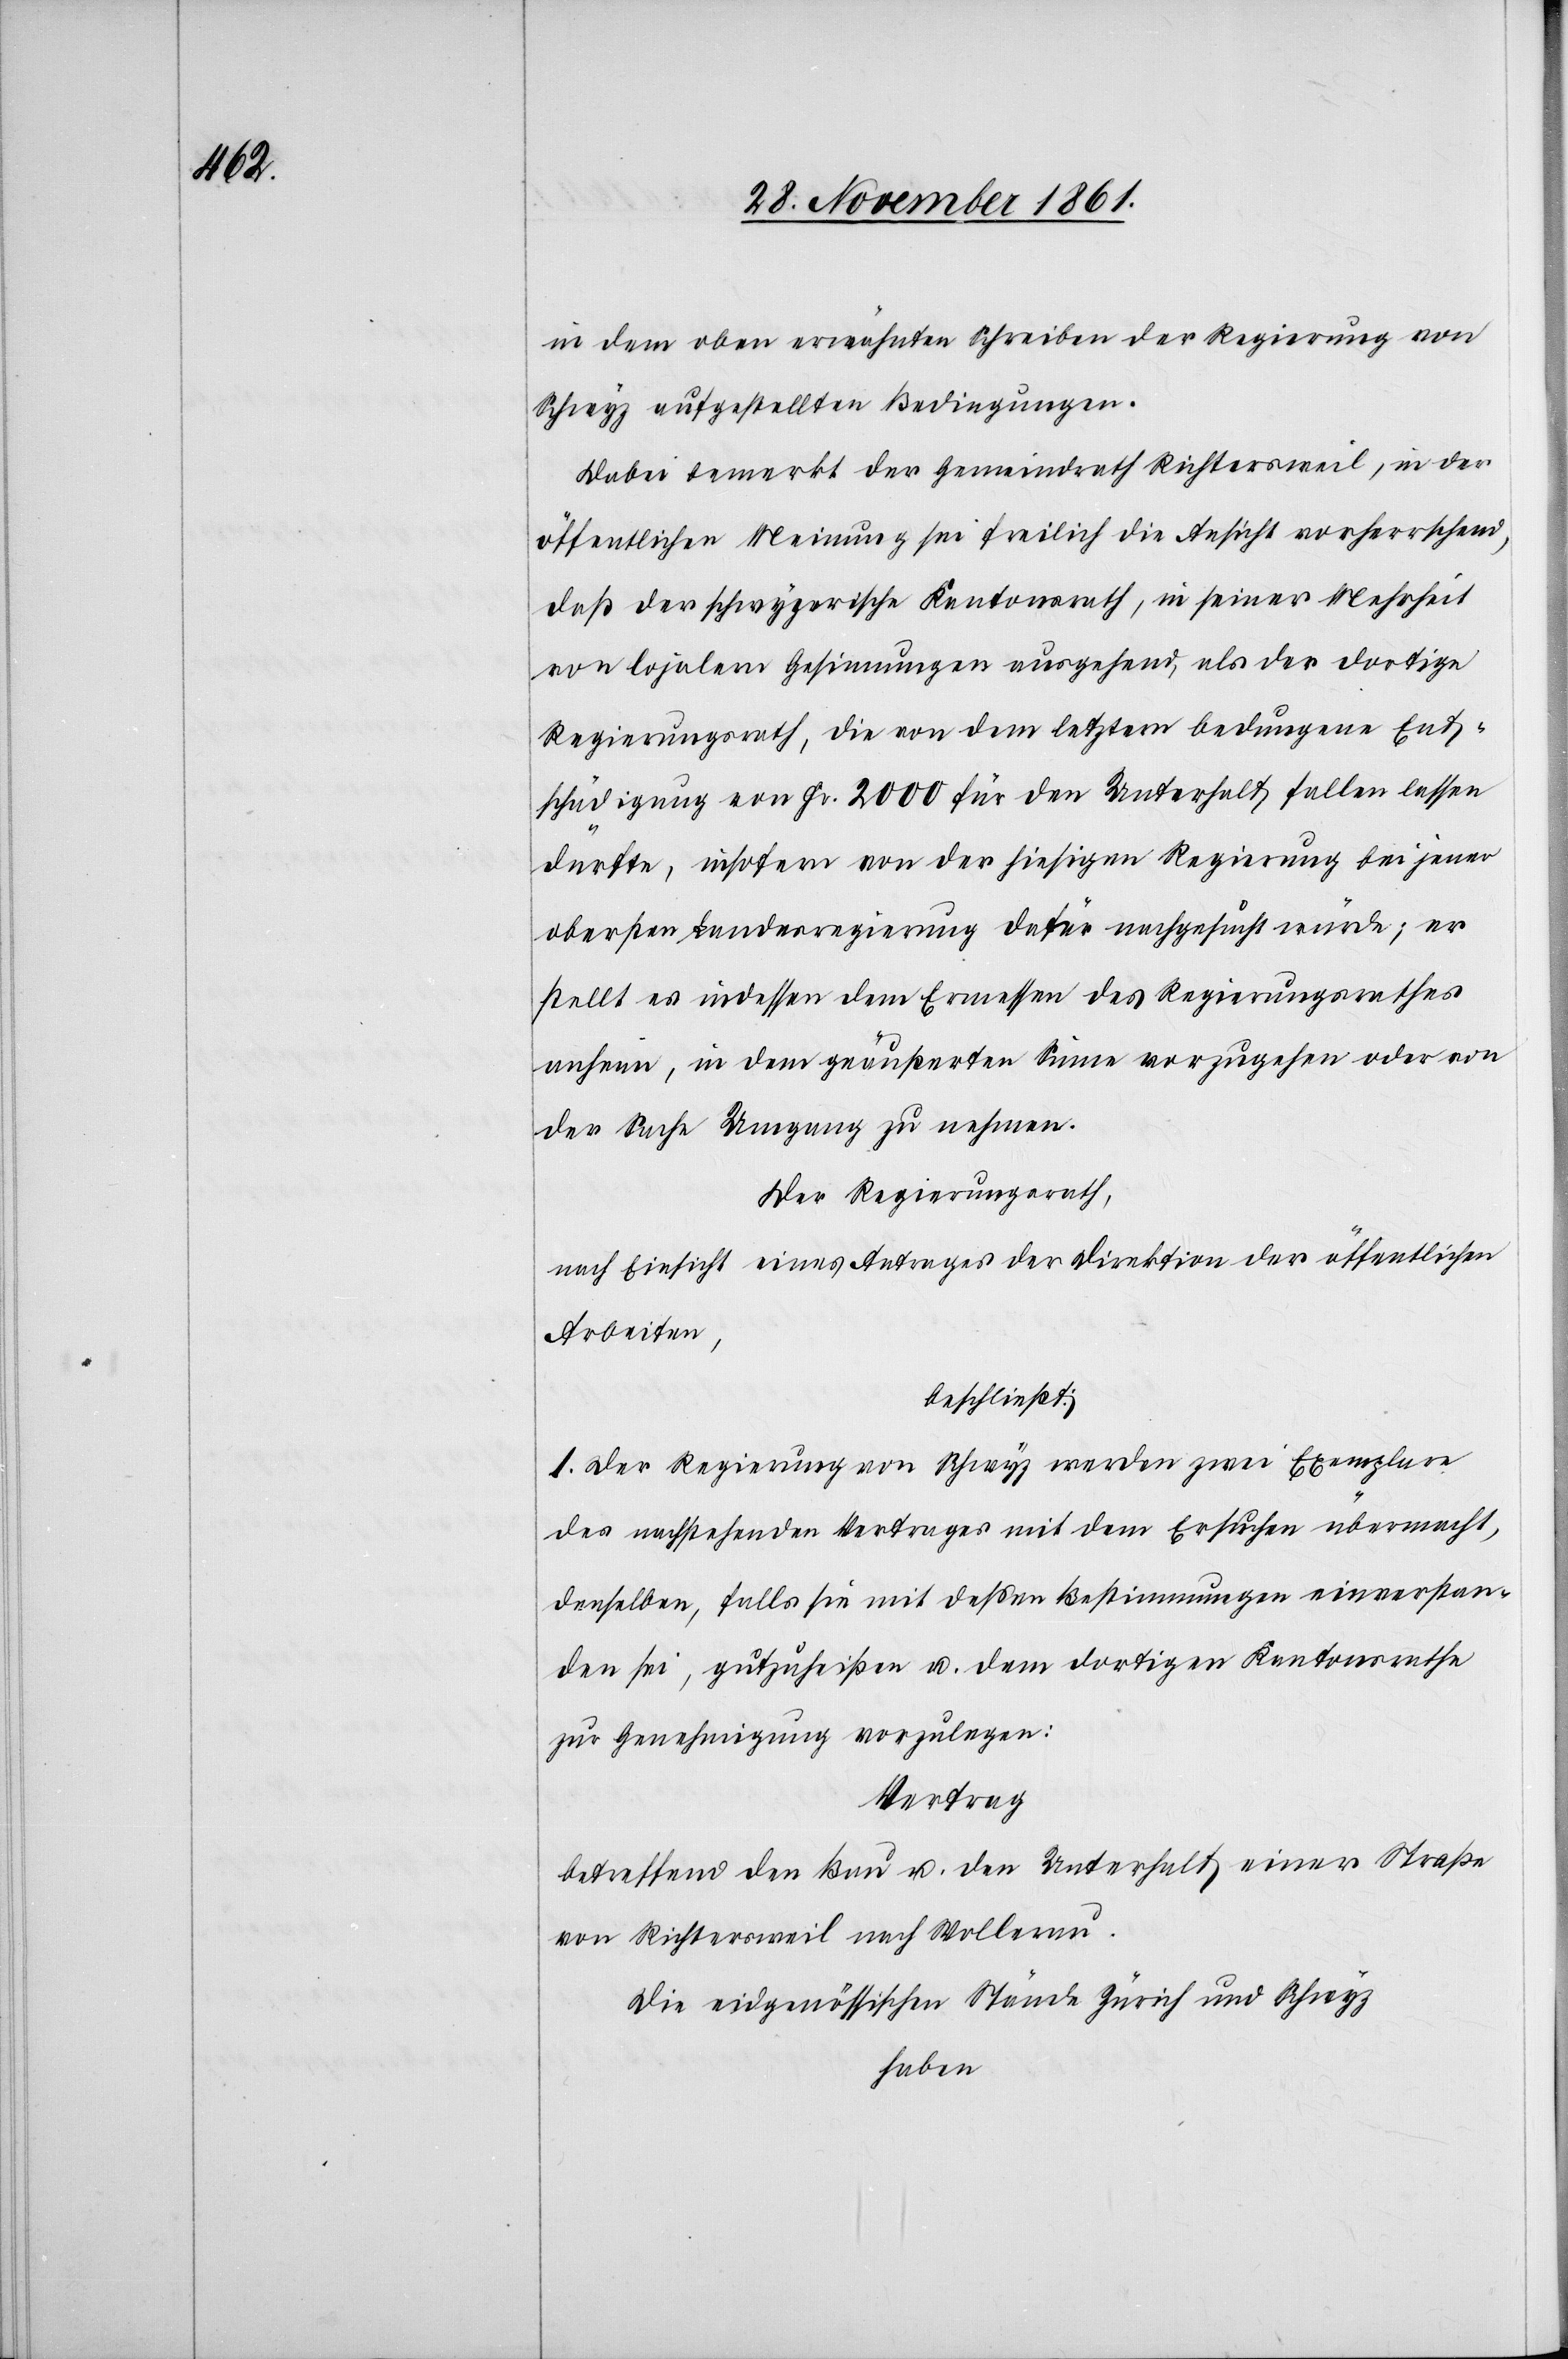
in dem oben erwähnten Schreiben der Regierung von
Schwyz aufgestellten Bedingungen.
Dabei bemerkt der Gemeindrath Richtersweil, in der
öffentlichen Meinung sei freilich die Ansicht vorherrschend,
daß der schwyzerische Kantonsrath, in seiner Mehrheit
von lojalern Gesinnungen ausgehend, als der dortige
Regierungsrath, die von dem letztern bedungene Ent¬
schädigung von Fr. 2000 für den Unterhalt fallen lassen
dürfte, insofern von der hiesigen Regierung bei jener
obersten Landesregierung dafür nachgesucht würde; er
stellt es indessen dem Ermessen des Regierungsrathes
anheim, in dem geäußerten Sinne vorzugehen oder von
der Sache Umgang zu nehmen.
Der Regierungsrath,
nach Einsicht eines Antrages der Direktion der öffentlichen
Arbeiten,
beschließt:
1. Der Regierung von Schwyz werden zwei Exemplare
des nachstehenden Vertrages mit dem Ersuchen übermacht,
denselben, falls sie mit deßen Bestimmungen einverstan¬
den sei, gutzuheißen u. dem dortigen Kantonsrathe
zur Genehmigung vorzulegen:
Vertrag
betreffend den Bau u. den Unterhalt einer Straße
von Richtersweil nach Wollerau.
Die eidgenössischen Stände Zürich und Schwyz
haben